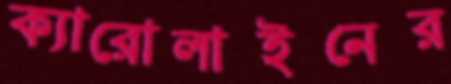
ক্যারোলাইনের